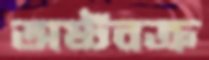
অষ্টবক্র